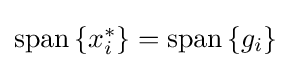
{\textstyle \operatorname {span} \left\{x_{i}^{*}\right\}=\operatorname {span} \left\{g_{i}\right\}}